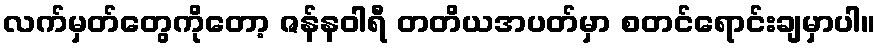
လက်မှတ်တွေကိုတော့ ဇန်နဝါရီ တတိယအပတ်မှာ စတင်ရောင်းချမှာပါ။